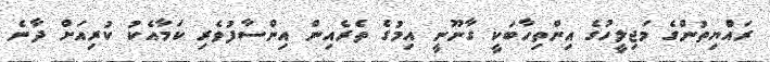
ރައްޔިތުންގެ މަޖިލީހުގެ އިންތިހާބަކީ ގާނޫނީ އިމުގެ ތެރެއިން އިންސާފުވެރި ކަމާއެކު ކުރިއަށް ދާނެ